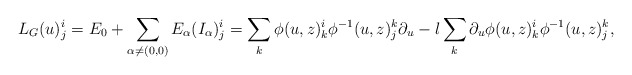
\begin{align*}L_G(u)^i_j = E_0 + \sum_{\alpha \neq (0, 0)} E_\alpha (I_\alpha)^i_j =\sum_k \phi(u, z)^i_k \phi^{-1}(u, z)^k_j \partial_u - l \sum_k \partial_u\phi(u, z)^i_k \phi^{-1}(u, z)^k_j,\end{align*}